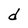
Character: d